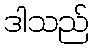
ဒါသည်